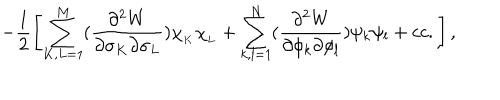
LaTeX: - \frac { 1 } { 2 } \left[ \sum _ { K , L = 1 } ^ { M } ( \frac { \partial ^ { 2 } W } { \partial \sigma _ { K } \partial \sigma _ { L } } ) \chi _ { _ K } \chi _ { _ L } + \sum _ { k , l = 1 } ^ { N } ( \frac { \partial ^ { 2 } W } { \partial \phi _ { k } \partial \phi _ { l } } ) \psi _ { k } \psi _ { l } + c c . \right] ,